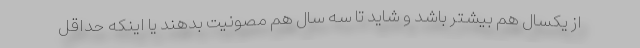
از یکسال هم بیشتر باشد و شاید تا سه سال هم مصونیت بدهند یا اینکه حداقل